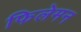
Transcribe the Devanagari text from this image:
फिलेमन